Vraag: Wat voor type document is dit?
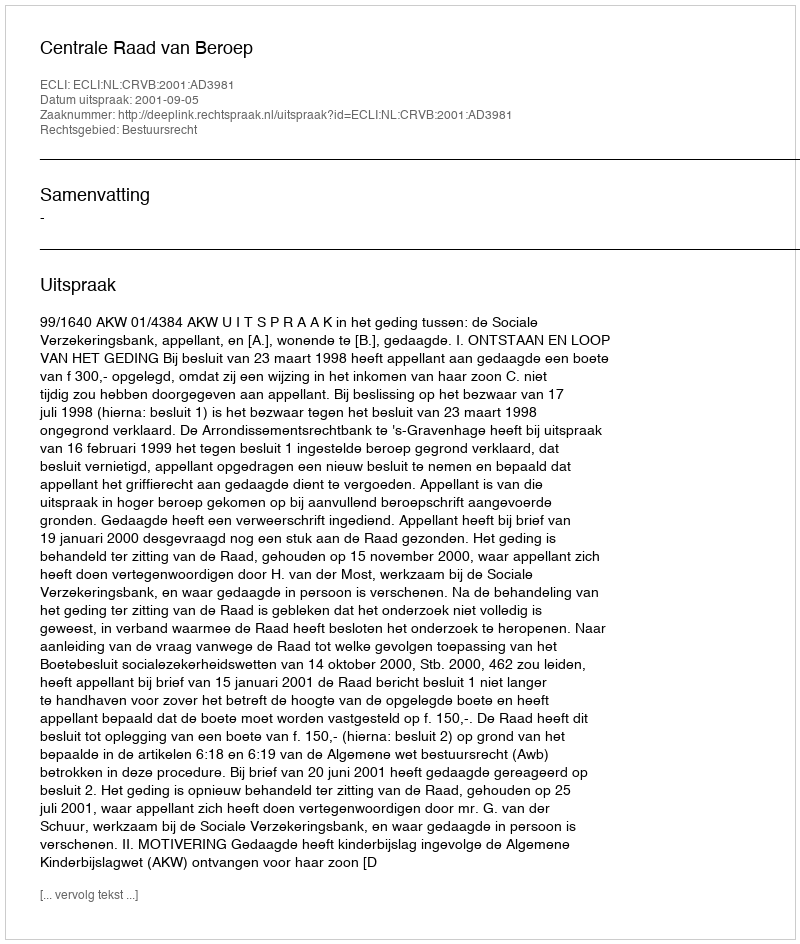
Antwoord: Uitspraak